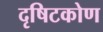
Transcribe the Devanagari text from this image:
दृषिटकोण